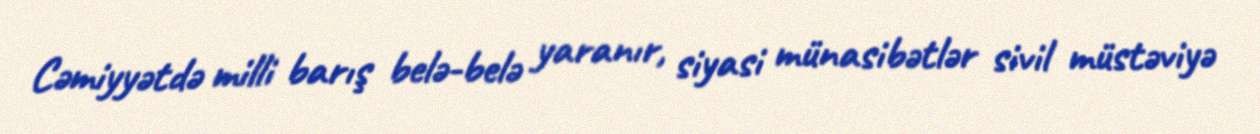
Cəmiyyətdə milli barış belə-belə yaranır, siyasi münasibətlər sivil müstəviyə